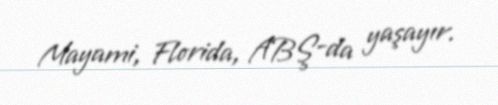
Mayami, Florida, ABŞ-da yaşayır.